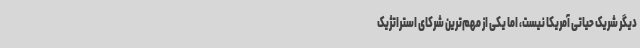
دیگر شریک حیاتی آمریکا نیست، اما یکی از مهم‌ترین شرکای استراتژیک